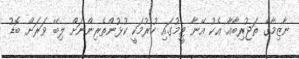
ނާޒިމާގެ ތަޖުރިބާއާ އެކު އޭނާ ޓީމުގައި ހުރުމަކީ ކުޅުންތެރިންނަށް ލިބޭ ވަރަށް ބޮޑު